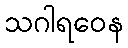
သဂါရဝေန